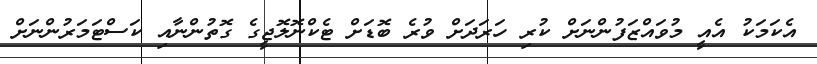
އެކަމަކު އެއީ މުވައްޒަފުންނަށް ކުރި ހަރަދަށް ވުރެ ބޮޑަށް ޓެކްނޮލޮޖީގެ ގޮތުންނާއި ކަސްޓަމަރުންނަށް